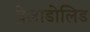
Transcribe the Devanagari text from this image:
वेलाडोलिड